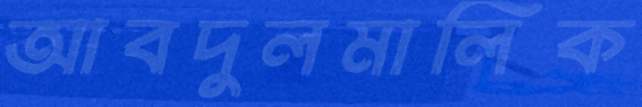
আবদুলমালিক